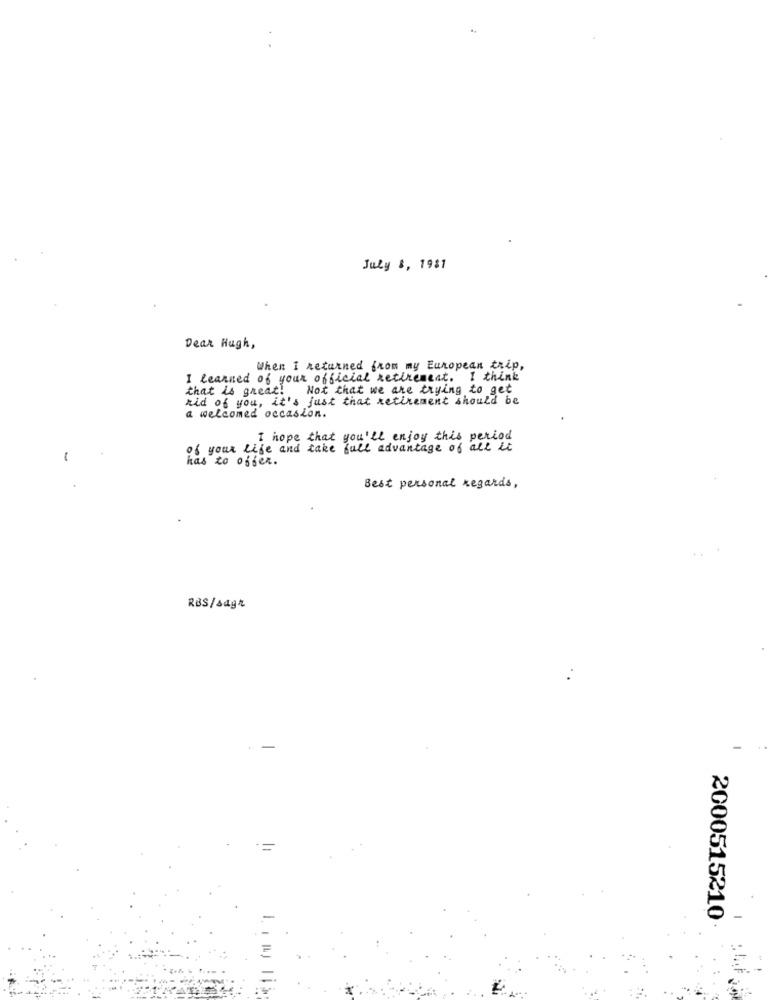
July 8, 1981
Dear Hugh,
When I returned from my European trip,
I learned of your official retirement. I think
that is great! Not that we are trying to get
rid of you, it's just that retirement should be
a welcomed occasion.
I hope that you'll enjoy this period
of your Life and take fall advantage of all it
has to offer.
Best personal regards,
RBS/sagt
-
2000515210
IL J